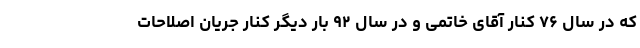
که در سال ۷۶ کنار آقای خاتمی و در سال ۹۲ بار دیگر کنار جریان اصلاحات